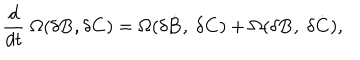
LaTeX: { \frac { d } { d t } } ~ \Omega ( \delta { \bf B } , \delta { \bf C } ) = \Omega ( \delta { \dot { { \bf B } } } , ~ \delta { \bf C } ) + \Omega ( \delta { \bf B } , ~ \delta { \dot { { \bf C } } } ) ,